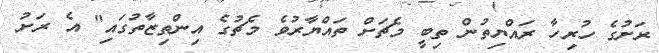
ރަށުގެ ހުރިހާ ރައްޔިތުން ތިބީ މެޗަށް ތައްޔާރުވެ މެޗުގެ އިންތިޒާތުގައި" އެ ރަށު